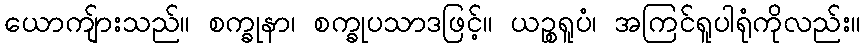
ယောကျ်ားသည်။ စက္ခုနာ၊ စက္ခုပသာဒဖြင့်။ ယဉ္စရူပံ၊ အကြင်ရူပါရုံကိုလည်း။